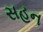
સહન